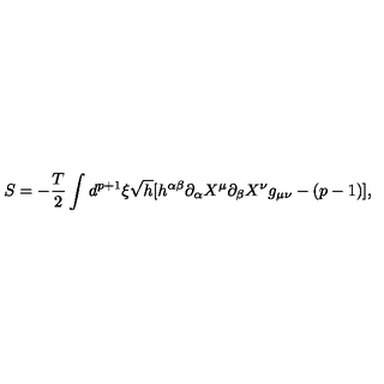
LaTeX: S = - \frac { T } { 2 } \int d ^ { p + 1 } \xi \sqrt { h } [ h ^ { \alpha \beta } \partial _ { \alpha } X ^ { \mu } \partial _ { \beta } X ^ { \nu } g _ { \mu \nu } - ( p - 1 ) ] ,